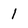
Character: 1